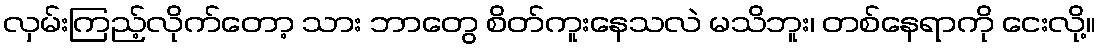
လှမ်းကြည့်လိုက်တော့ သား ဘာတွေ စိတ်ကူးနေသလဲ မသိဘူး၊ တစ်နေရာကို ငေးလို့။